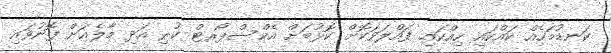
ކަނޑުމަހެއް ކައްކައި ހިއްކައި ފައްލަވަކޮށް ކޮޅުބަށް އެކްސްޕޯރޓް ކުރި އަދި މާލެއަށް ފޮނުވައި